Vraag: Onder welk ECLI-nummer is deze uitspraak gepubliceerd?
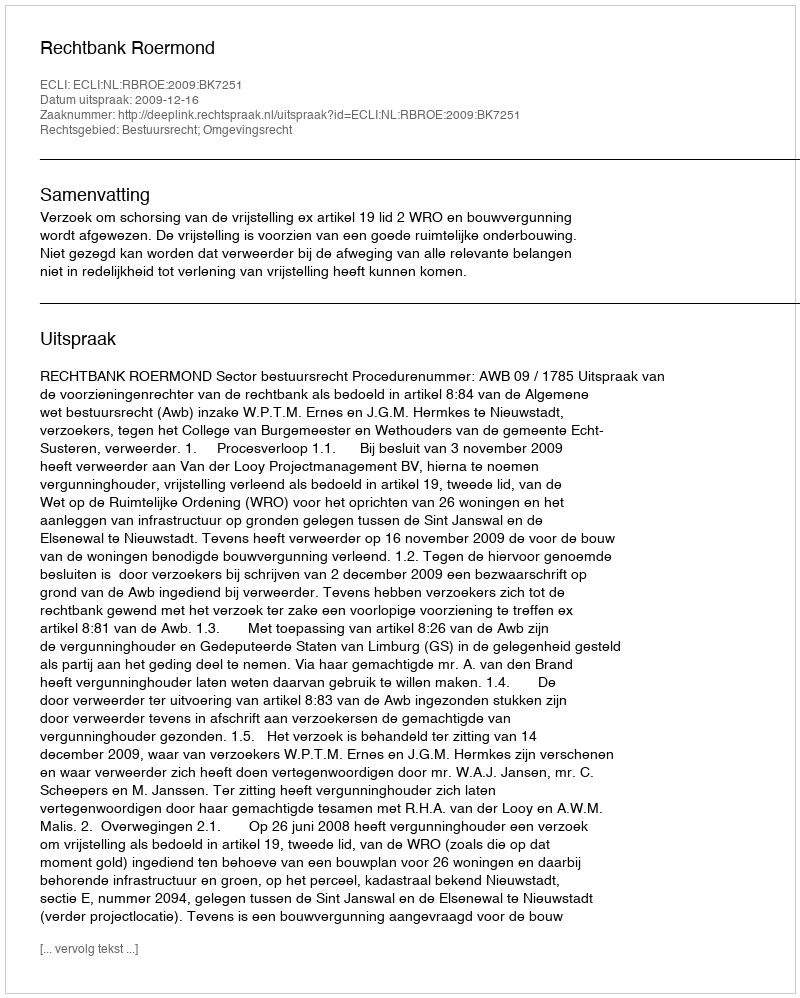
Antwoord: ECLI:NL:RBROE:2009:BK7251